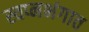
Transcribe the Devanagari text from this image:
स्वप्नभंगात